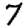
Digit: 7